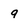
Character: 9